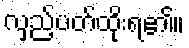
လှည့်ပတ်ထိုးရ၏။